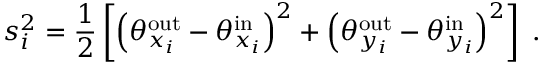
s _ { i } ^ { 2 } = \frac { 1 } { 2 } \left[ \left( \theta _ { x _ { i } } ^ { \mathrm { o u t } } - \theta _ { x _ { i } } ^ { \mathrm { i n } } \right) ^ { 2 } + \left( \theta _ { y _ { i } } ^ { \mathrm { o u t } } - \theta _ { y _ { i } } ^ { \mathrm { i n } } \right) ^ { 2 } \right] \; .